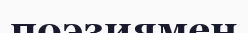
поэзиямен